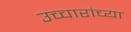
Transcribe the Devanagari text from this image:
उच्चारांच्या